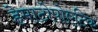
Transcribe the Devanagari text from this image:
हेमाटोपोएटिक